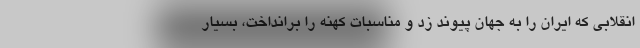
انقلابی که ایران را به جهان پیوند زد و مناسبات کهنه را برانداخت، بسیار